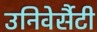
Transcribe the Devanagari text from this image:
उनिवेर्सैटी